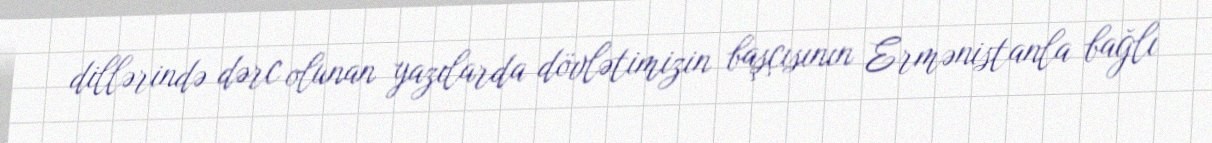
dillərində dərc olunan yazılarda dövlətimizin başçısının Ermənistanla bağlı